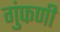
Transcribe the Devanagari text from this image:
गुंफणी